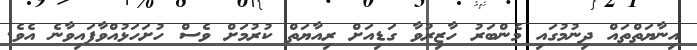
އިނާޔަތްތައް ދިނުމުގައި މެންބަރު ހާޒިރުވާ ގަޑިއަށް ރިއާޔަތް ކުރުމަށް ވެސް ހުށަހަޅުއްވާފައިވާނެ އެވެ.